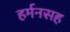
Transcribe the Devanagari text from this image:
हर्मनसह